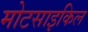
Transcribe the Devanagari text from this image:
मोटसाइकिल